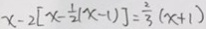
x - 2 [ x - \frac { 1 } { 2 } ( x - 1 ) ] = \frac { 2 } { 3 } ( x + 1 )